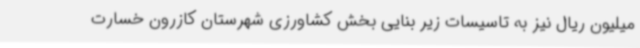
میلیون ریال نیز به تاسیسات زیر بنایی بخش کشاورزی شهرستان کازرون خسارت